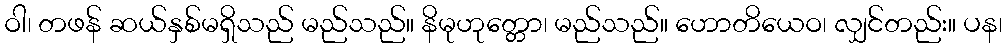
ဝါ၊ တဖန် ဆယ်နှစ်မရှိသည် မည်သည်။ နိမုဟုတ္တော၊ မည်သည်။ ဟောတိယေဝ၊ လျှင်တည်း။ ပန၊